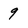
Character: 9